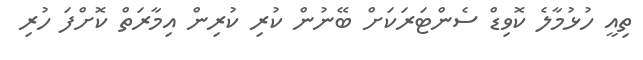
ތިއީ ހުޅުމާލެ ކޮވިޑް ސެންޓަރަކަށް ބޭނުން ކުރި ކުރިން އިމާރަތް ކޮށްފަ ހުރި